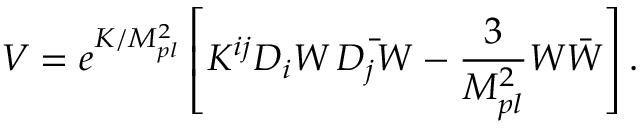
V = e ^ { K / M _ { p l } ^ { 2 } } \left[ K ^ { i j } D _ { i } W \, \bar { D _ { j } W } - \frac { 3 } { M _ { p l } ^ { 2 } } W \bar { W } \right] .